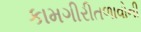
કામગીરીતળાવોની